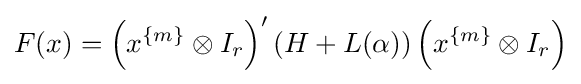
F(x)=\left(x^{\{m\}}\otimes I_{r}\right)'\left(H+L(\alpha )\right)\left(x^{\{m\}}\otimes I_{r}\right)